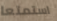
استمتعا